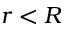
r < R